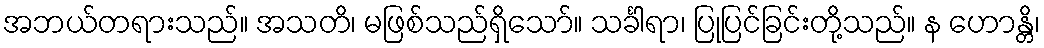
အဘယ်တရားသည်။ အသတိ၊ မဖြစ်သည်ရှိသော်။ သင်္ခါရာ၊ ပြုပြင်ခြင်းတို့သည်။ န ဟောန္တိ၊